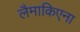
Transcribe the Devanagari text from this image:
लैमाकिएना